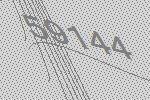
59144